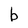
Character: b